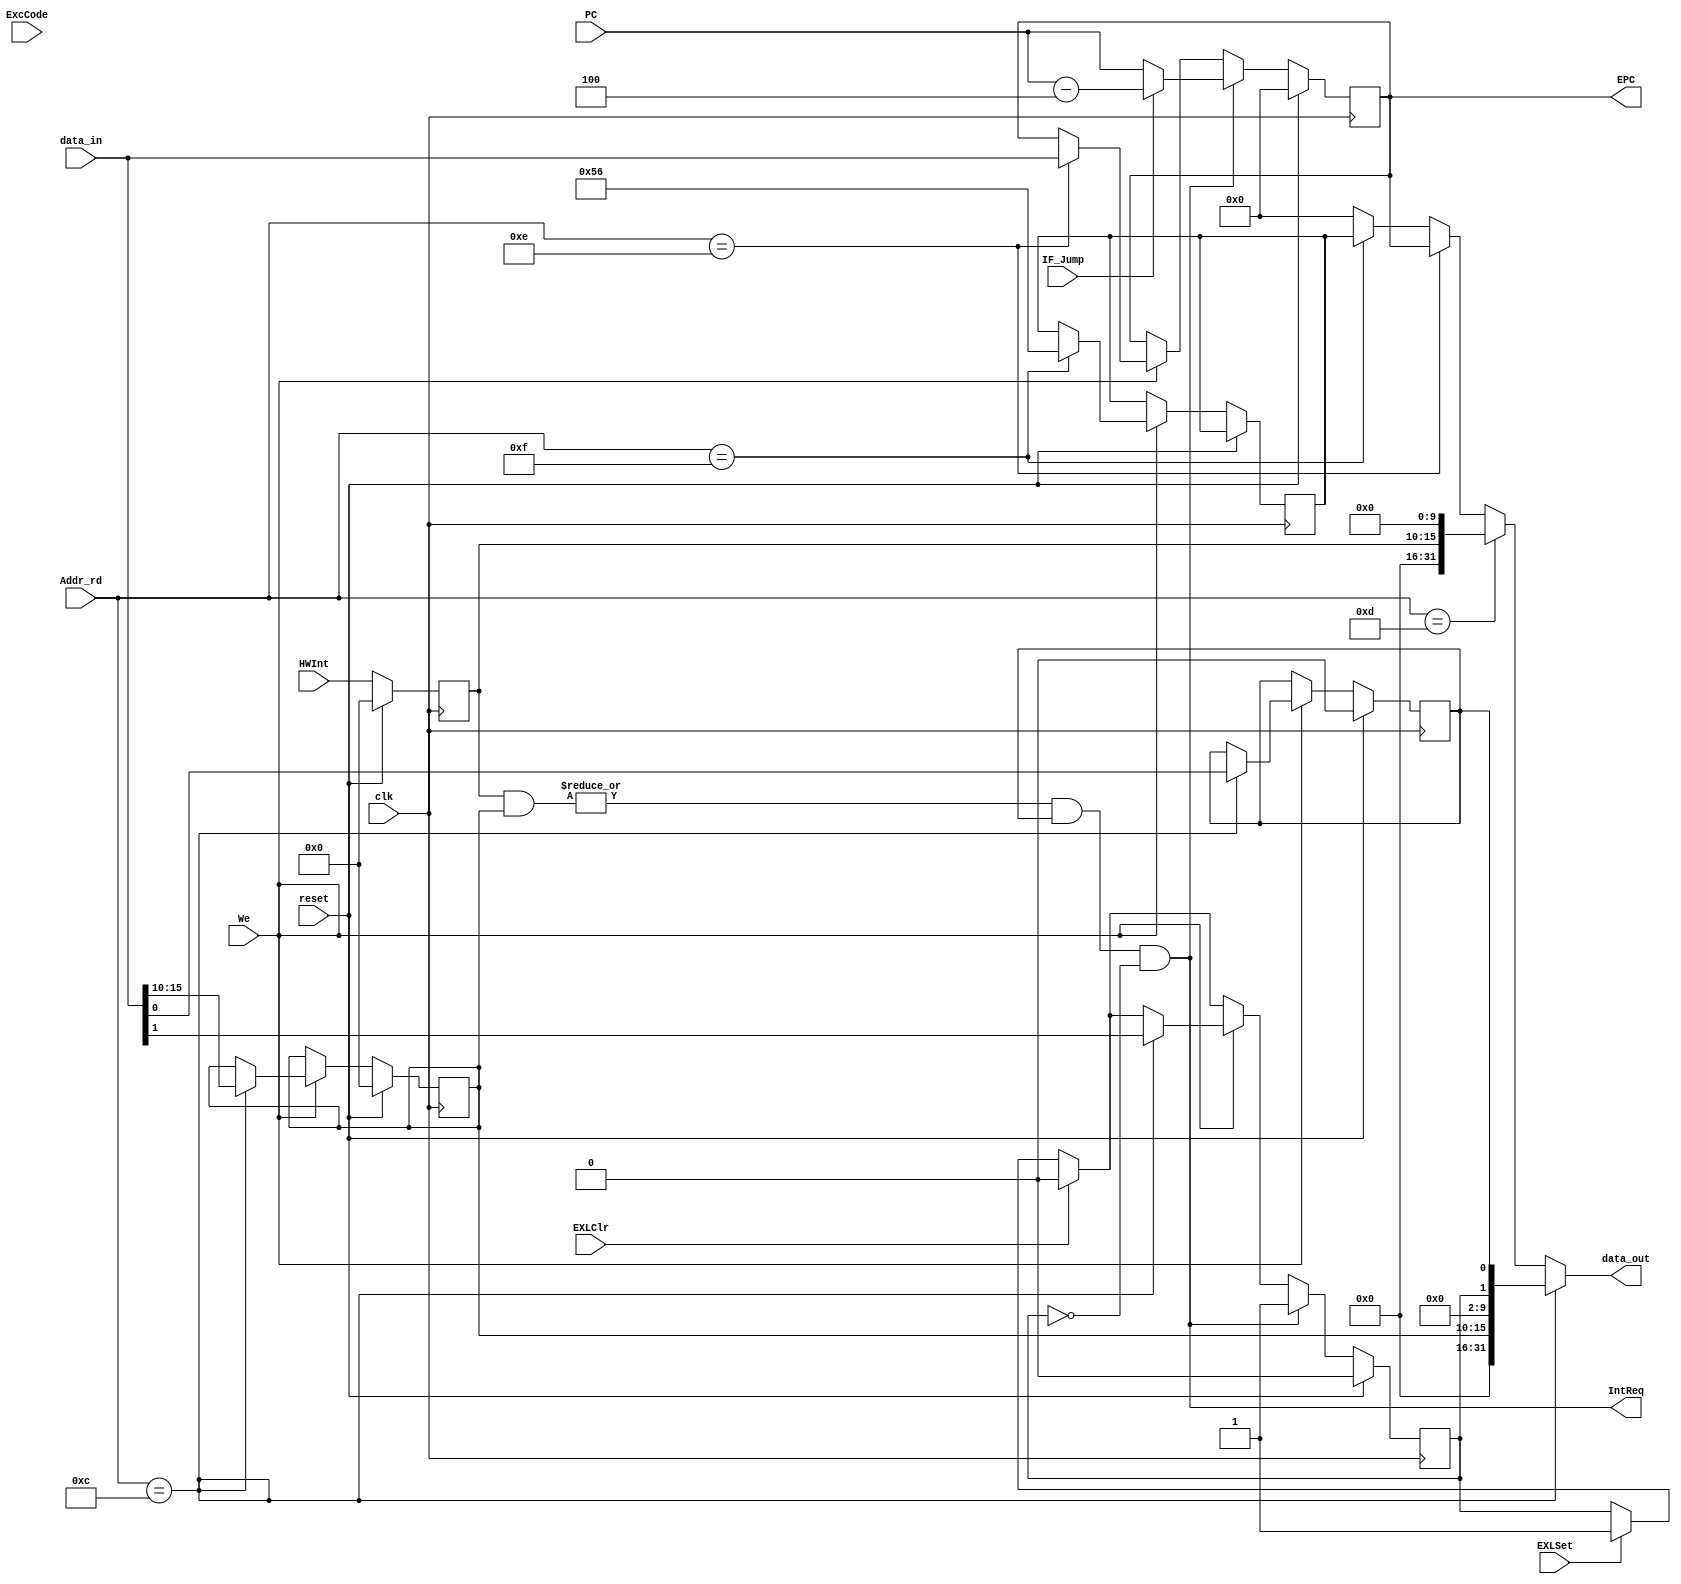
`timescale 1ns / 1ps
//////////////////////////////////////////////////////////////////////////////////
// Company: 
// Engineer: 
// 
// Design Name: 
// Module Name:    CPO 
// Project Name: 
// Target Devices: 
// Tool versions: 
// Description: 
//
// Dependencies: 
//
// Revision: 
// Revision 0.01 - File Created
// Additional Comments: 
//
//////////////////////////////////////////////////////////////////////////////////
module CPO(
    input [4:0] Addr_rd,//Instr_M[15:11]
    input [31:0] data_in,
    input [31:0] PC,
    input [6:2] ExcCode,
    input [5:0] HWInt,
	 input IF_Jump,
    input We,//mtco
    input EXLSet,
    input EXLClr,
    input clk,
    input reset,
    output IntReq,//	
    output reg [31:0] EPC,
    output [31:0] data_out
    );
	 
	 reg [15:10] im;     //SR6
	 reg exl, ie;			//SR,exl,,1,,;0,	 	ie
	 reg [15:10] hwint_cause;
	 reg [6:2] ExcCode_cause;
	 
	 reg [31:0] PRID;		//	ID
	 
	 initial begin
			PRID = 32'h00000056;
	 end
	 
	 always@(posedge clk) begin
			if(reset) begin
				im <= 0;
				exl <= 0;
				ie <= 0;
				hwint_cause <= 0;
				ExcCode_cause <= 0;
				EPC <= 0 ;
			end
			
			else begin
				
				hwint_cause <= HWInt;//6
				ExcCode_cause <= ExcCode;//
				
				//if
				if(EXLSet) exl <= 1'b1;//,
				if(EXLClr) exl <= 1'b0;//eret
				if(We)
					case(Addr_rd)
						5'b01100:{im,exl,ie} <= {data_in[15:10],data_in[1],data_in[0]};//SR
						5'b01110:EPC <= data_in;//EPC
						5'b01111:PRID <= 32'h00000056;//PRID
					endcase
				
				if(IntReq)begin
					if(IF_Jump) EPC <= PC - 4;
					else EPC <= PC;
					exl <= 1;
				end
					
					
			end
	 
	 end
	 
	 assign IntReq =  |(hwint_cause[15:10] & im[15:10]) & ie & !exl ;	 
	 
	 assign data_out = (Addr_rd == 5'b01100)? {16'b0,im[15:10],8'b0,exl,ie}:
							 (Addr_rd == 5'b01101)? {16'b0,hwint_cause[15:10],10'b0}:
							 (Addr_rd == 5'b01110)? EPC:
							 (Addr_rd == 5'b01111)? PRID:
														  0;

endmodule